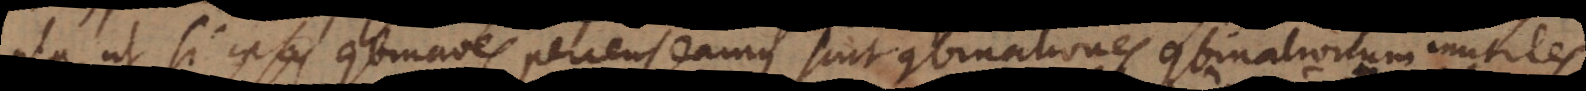
ita ut si ipsas combinationes percenseamus sint combinationes combinationum inutiles.